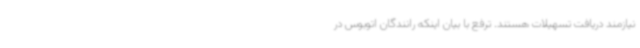
نیازمند دریافت تسهیلات هستند. ترفع با بیان اینکه رانندگان اتوبوس در